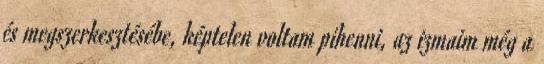
és megszerkesztésébe, képtelen voltam pihenni, az izmaim még a